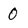
Character: 0